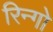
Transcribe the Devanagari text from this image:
रिन्गो